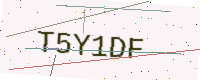
Text: T5Y1DF